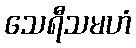
သေရီသမဟံ